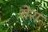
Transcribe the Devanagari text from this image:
येरा